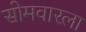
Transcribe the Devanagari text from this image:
सोमवारला